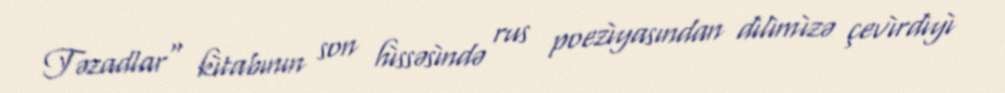
Təzadlar" kìtabının son hìssəsìndə rus poezìyasından dìlìmìzə çevìrdìyì